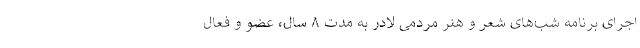
اجرای برنامه شب‌های شعر و هنر مردمی لادر به مدت ۸ سال، عضو و فعال